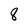
Character: 8